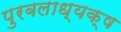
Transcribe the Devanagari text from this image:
पुरबलाध्यक्ष